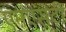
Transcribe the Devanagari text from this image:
एमएसटी